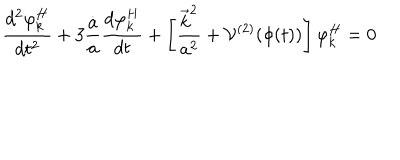
\frac { d ^ { 2 } \varphi _ { k } ^ { H } } { d t ^ { 2 } } + 3 \frac { \dot { a } } { a } \frac { d \varphi _ { k } ^ { H } } { d t } + \left[ \frac { \vec { k } ^ { 2 } } { a ^ { 2 } } + { \cal { V } } ^ { ( 2 ) } ( \phi ( t ) ) \right] \varphi _ { k } ^ { H } = 0